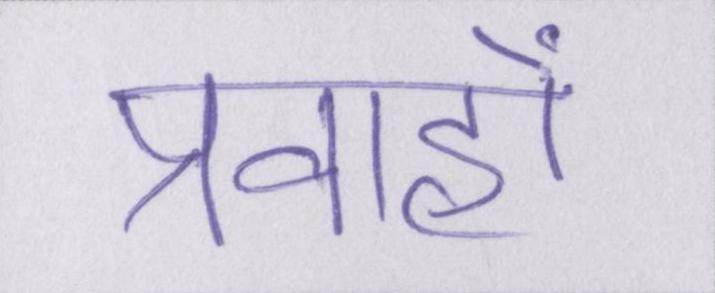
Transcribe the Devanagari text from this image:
प्रवाहों